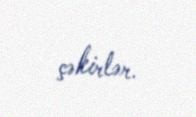
çəkirlər.